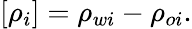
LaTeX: [\rho_{i}]=\rho_{wi}-\rho_{oi}.